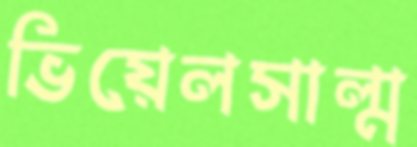
ভিয়েলসাল্ম